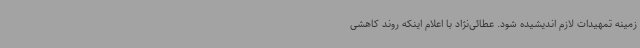
زمینه تمهیدات لازم اندیشیده شود. عطائی‌نژاد با اعلام اینکه روند کاهشی